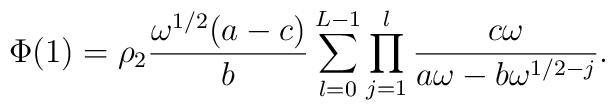
\Phi(1)=\rho_2\frac{\omega^{1/2}(a-c)}{b}\sum^{L-1}_{l=0}\prod^l_{j=1}\frac{c\omega}{a\omega-b\omega^{1/2-j}}.